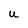
Character: U